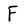
Character: F